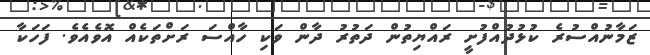
ޒަމާނުއްސުރެ ކުޅުދުއްފުށީ ރައްޔިތުން ދަތުރު ދާން ވަކި ހާއްސަ ރަށްތަކެއް އޮވެއެވެ. ފަހަކާ